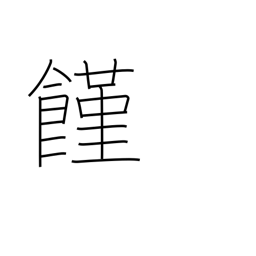
Meaning: hunger